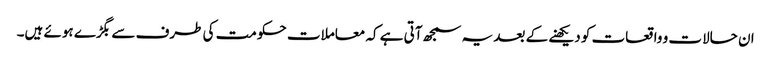
ان حالات و واقعات کو دیکھنے کے بعد یہ سمجھ آتی ہے کہ معاملات حکومت کی طرف سے بگڑے ہوئے ہیں۔